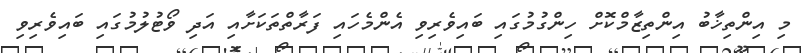
މި އިންތިޚާބު އިންތިޒާމްކޮށް ހިންގުމުގައި ބައިވެރިވި އެންމެހައި ފަރާތްތަކަށާއި އަދި ވޯޓުލުމުގައި ބައިވެރިވި